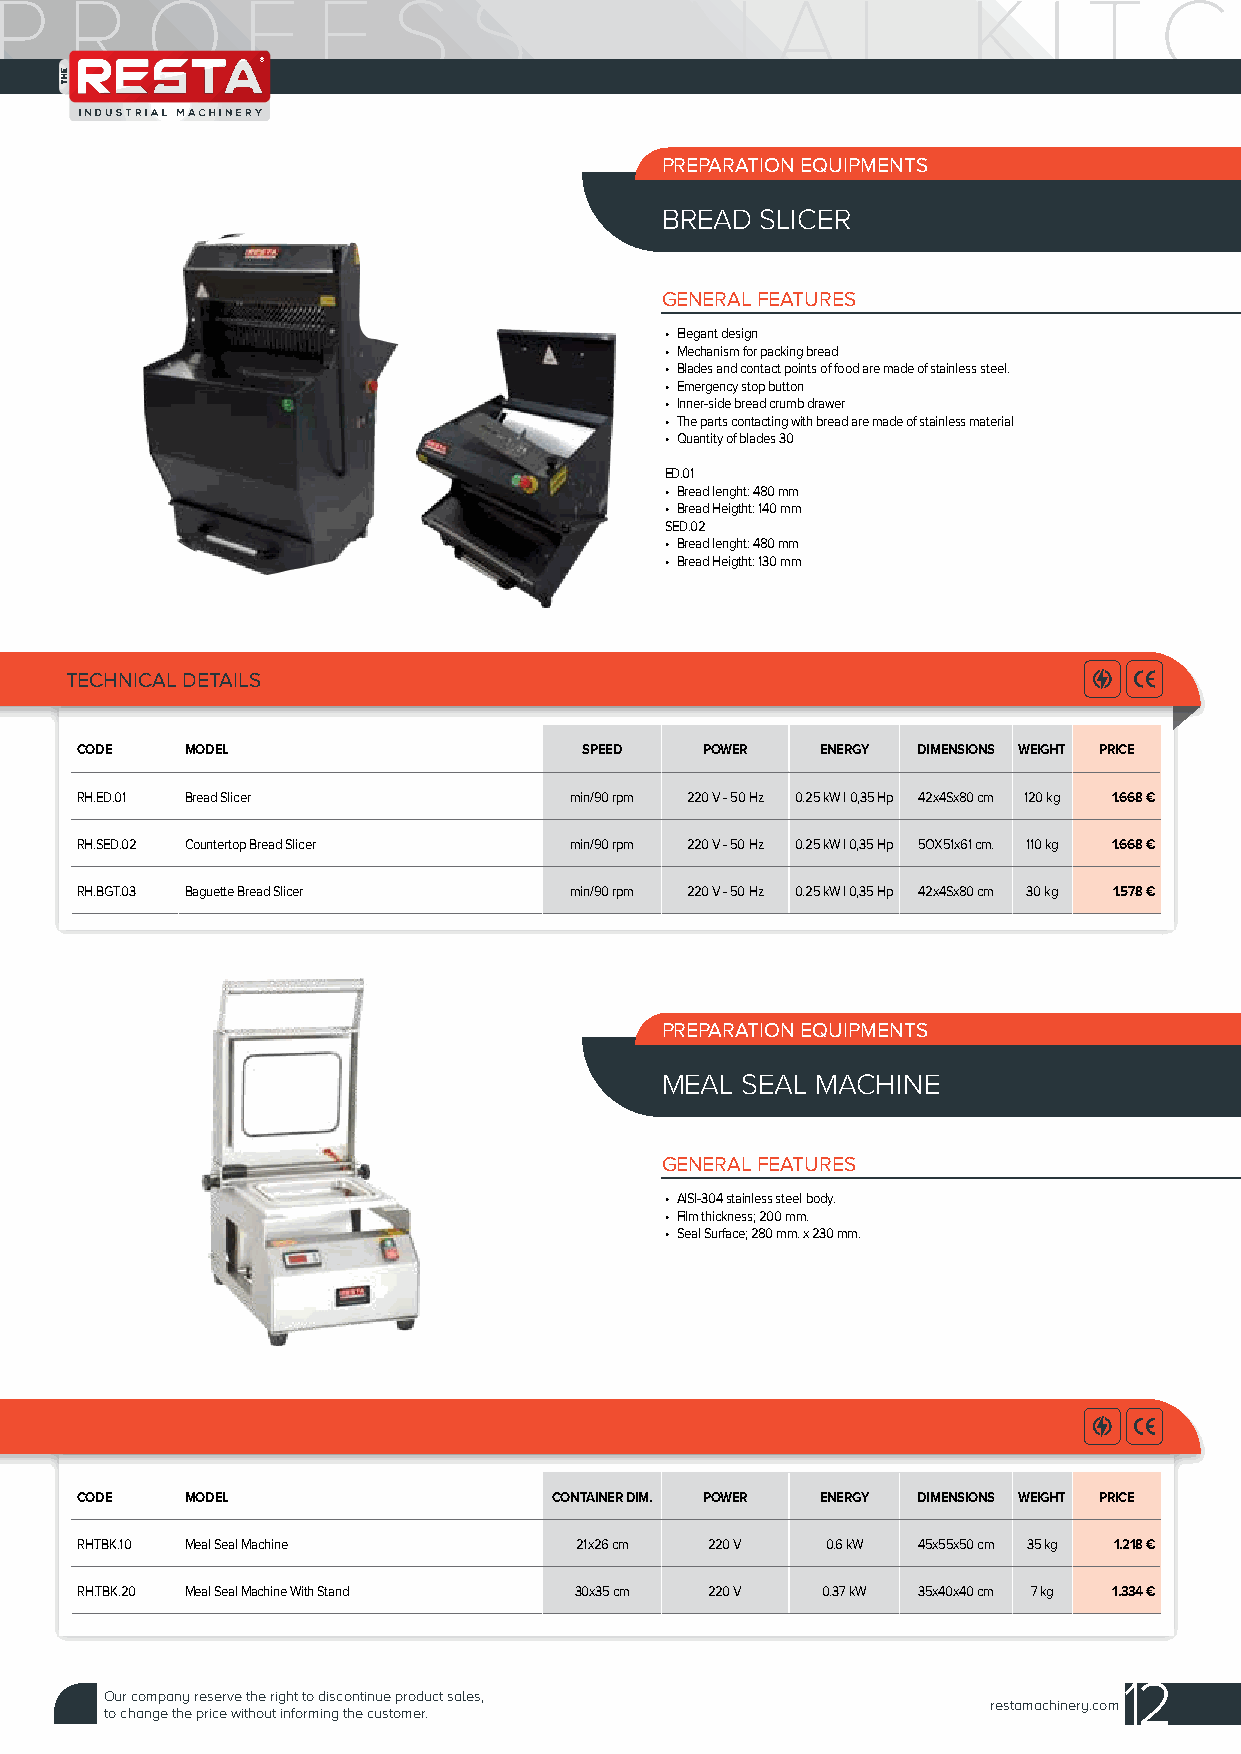
PREPARATION EQUIPMENTS
 BREAD SLICER
 GENERAL FEATURES
 • Elegant design
 • Mechanism for packing bread
 • Blades and contact points of food are made of stainless steel.
 • Emergency stop button
 • Inner-side bread crumb drawer
 • The parts contacting with bread are made of stainless material
 • Quantity of blades 30
 ED.01
 • Bread lenght: 480 mm
 • Bread Heigtht: 140 mm
 SED.02
 • Bread lenght: 480 mm
 • Bread Heigtht: 130 mm
 TECHNICAL DETAILS
 CODE   MODEL                      SPEED   POWER  ENERGY DIMENSIONS WEIGHT PRICE
 RH.ED.01 Bread Slicer            min/90 rpm 220 V - 50 Hz 0.25 kW I 0,35 Hp 42x4Sx80 cm 120 kg 1.668 €
 RH.SED.02 Countertop Bread Slicer min/90 rpm 220 V - 50 Hz 0.25 kW I 0,35 Hp 5OX51x61 cm. 110 kg 1.668 €
 RH.BGT.03 Baguette Bread Slicer  min/90 rpm 220 V - 50 Hz 0.25 kW I 0,35 Hp 42x4Sx80 cm 30 kg 1.578 €
 PREPARATION EQUIPMENTS
 MEAL SEAL MACHINE
 GENERAL FEATURES
 • AISI-304 stainless steel body.
 • Film thickness; 200 mm.
 • Seal Surface; 280 mm. x 230 mm.
 CODE   MODEL                    CONTAINER DIM. POWER ENERGY DIMENSIONS WEIGHT PRICE
 RH.TBK.10 Meal Seal Machine      21x26 cm 220 V   0.6 kW 45x55x50 cm 35 kg 1.218 €
 RH.TBK.20 Meal Seal Machine With Stand 30x35 cm 220 V 0.37 kW 35x40x40 cm 7 kg 1.334 €
 12
 Our company reserve the right to discontinue product sales,
 restamachinery.com
 to change the price without informing the customer.